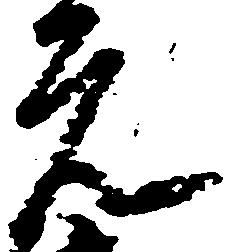
元